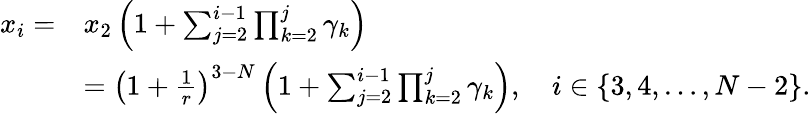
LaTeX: \begin{array}{rl}{x_{i}=}&{x_{2}\left(1+\sum_{j=2}^{i-1}\prod_{k=2}^{j}\gamma_{k}\right)}\\ &{=\left(1+\frac{1}{r}\right)^{3-N}\left(1+\sum_{j=2}^{i-1}\prod_{k=2}^{j}\gamma_{k}\right),\quad i\in\{ 3,4,\ldots,N-2\} .}\end{array}